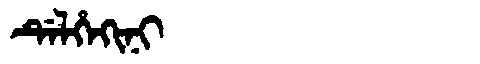
Manchu: ᡩᡝᠯᡥᡝᡴᡳᠨᡳ
Romanization: DELHEKINI